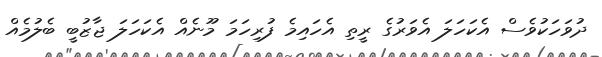
ދުވަހަކުވެސް އެކަހަލަ އެވަރުގެ ރީތި އެހައިމެ ފުރިހަމަ މޫނެއް އެކަހަލަ ޖާޒުބީ ބެލުމެއް